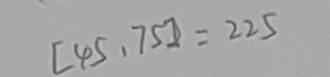
[ 4 5 、 7 5 ] = 2 2 5